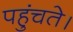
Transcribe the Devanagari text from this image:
पहुंचते।